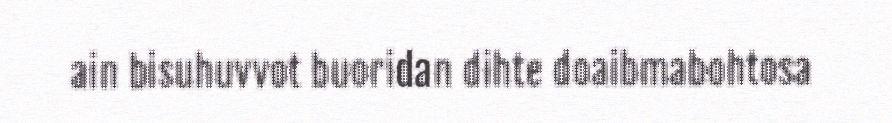
ain bisuhuvvot buoridan dihte doaibmabohtosa